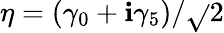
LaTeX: \eta=(\gamma_{0}+\mathbf{i}\gamma_{5})/{\sqrt{}{{2}}}